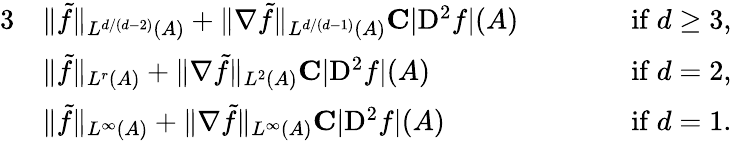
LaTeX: \begin{array}{rlrl}{{3}}&{\Vert\tilde{f}\Vert_{L^{d/(d-2)}(A)}+\Vert\nabla\tilde{f}\Vert_{L^{d/(d-1)}(A)}\le C|{\mathrm{D}}^{2}f|(A)\qquad}&&{\mathrm{if~}d\ge 3,}\\ &{\Vert\tilde{f}\Vert_{L^{r}(A)}+\Vert\nabla\tilde{f}\Vert_{L^{2}(A)}\le C|{\mathrm{D}}^{2}f|(A)\qquad}&&{\mathrm{if~}d=2,}\\ &{\Vert\tilde{f}\Vert_{L^{\infty}(A)}+\Vert\nabla\tilde{f}\Vert_{L^{\infty}(A)}\le C|{\mathrm{D}}^{2}f|(A)\qquad}&&{\mathrm{if~}d=1.}\end{array}